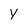
Character: y